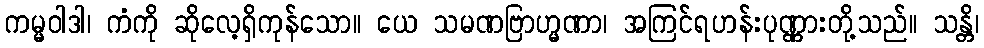
ကမ္မဝါဒါ၊ ကံကို ဆိုလေ့ရှိကုန်သော။ ယေ သမဏဗြာဟ္မဏာ၊ အကြင်ရဟန်းပုဏ္ဏားတို့သည်။ သန္တိ၊